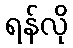
ရန်လို